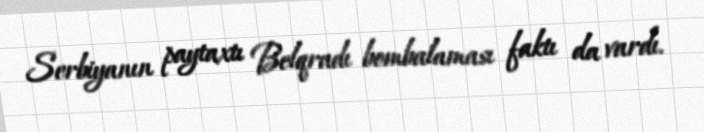
Serbiyanın paytaxtı Belqradı bombalaması faktı da vardı.